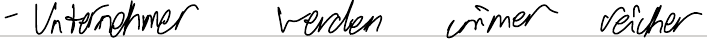
- Unternehmer werden immer reicher